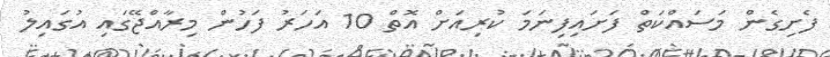
ފެށިގެން މަސައްކަތް ފަށައިފިނަމަ ކުރިއަށް އޮތް 10 އަހަރު ފަހުން މިރާއްޖޭގައި އުގައިލު